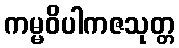
ကမ္မဝိပါကဇသုတ္တ